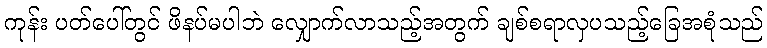
ကုန်း ပတ်ပေါ်တွင် ဖိနပ်မပါဘဲ လျှောက်လာသည့်အတွက် ချစ်စရာလှပသည့်ခြေအစုံသည်